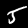
Digit: 5